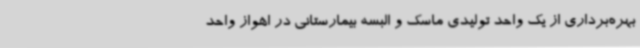
بهره‌برداری از یک واحد تولیدی ماسک و البسه بیمارستانی در اهواز واحد